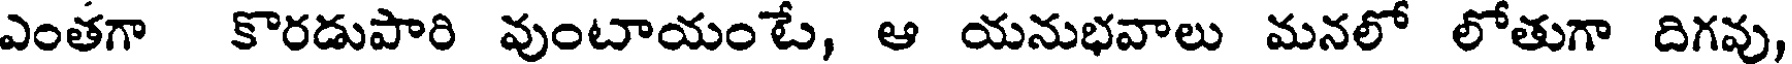
ఎంతగా కొరడుపారి వుంటాయంటే, ఆ యనుభవాలు మనలో లోతుగా దిగవు,